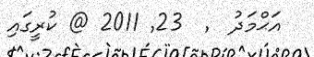
އަޙްމަދު